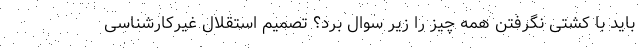
باید با کشتی نگرفتن همه چیز را زیر سوال برد؟ تصمیم استقلال غیرکارشناسی